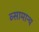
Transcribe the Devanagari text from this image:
व्सामान्य